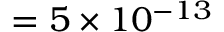
= 5 \times 1 0 ^ { - 1 3 }